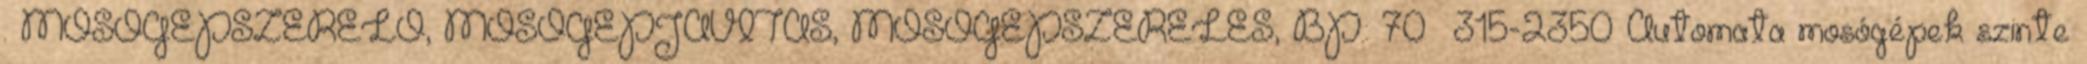
. MOSÓGÉPSZERELŐ, MOSÓGÉPJAVÍTÁS, MOSÓGÉPSZERELÉS, BP.: 70 315-2350 Automata mosógépek szinte